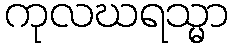
ကုလဃရသ္မာ